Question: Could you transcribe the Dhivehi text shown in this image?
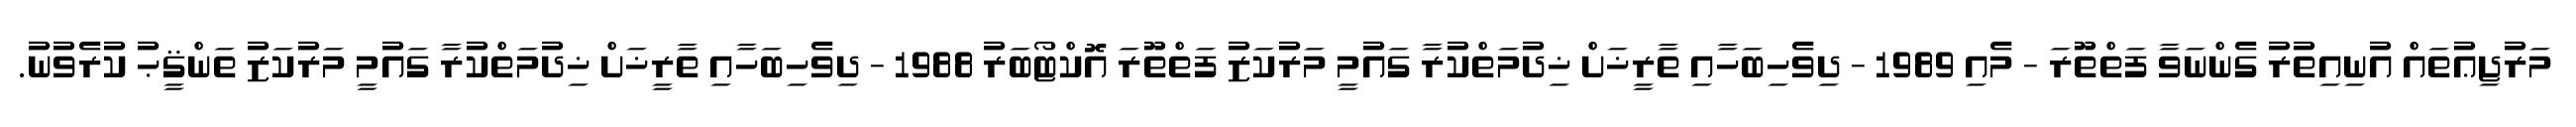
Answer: މަރުޖިޢުތައް އުނިއިތުރު ގެންނަވާ ފަތްތޫރަ - މެއި 1989 - ދިވެހިބަހާއި ތާރީޚަށް ޚިދުމަތްކުރާ ގައުމީ މަރުކަޒު ފަތްތޫރަ އޮކްޓޯބަރު 1988 - ދިވެހިބަހާއި ތާރީޚަށް ޚިދުމަތްކުރާ ގައުމީ މަރުކަޒު ތަންޤީޙު ކުރެވުނު.